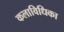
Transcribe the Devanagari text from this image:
कलाविधिका